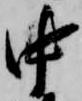
中